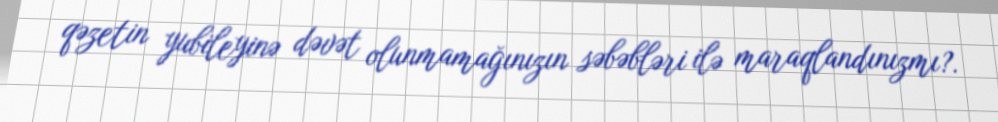
qəzetin yubileyinə dəvət olunmamağınızın səbəbləri ilə maraqlandınızmı?.